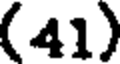
(41)